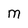
Character: M